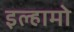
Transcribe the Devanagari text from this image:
इल्हामो